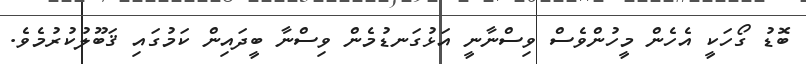
ބޮޑު ގޯހަކީ އެހެން މީހުންވެސް ވިސްނާނީ އަޅުގަނޑުމެން ވިސްނާ ބީދައިން ކަމުގައި ޤަބޫލުކުރުމެވެ.